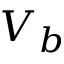
V _ { b }